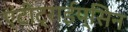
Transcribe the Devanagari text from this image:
एंटीट्राईप्सिन